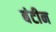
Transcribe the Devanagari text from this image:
बंटीन